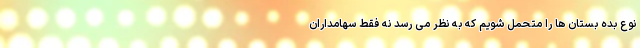
نوع بده بستان ‌ها را متحمل شویم که به نظر می‌ رسد نه فقط سهامداران